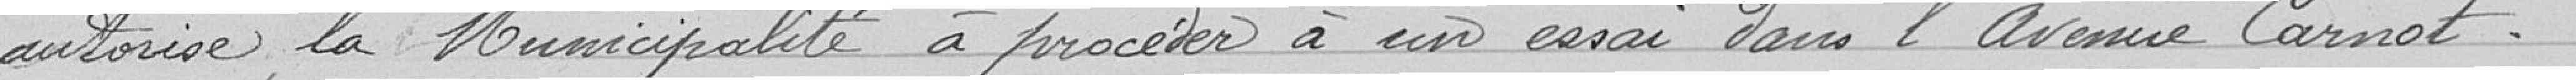
autorise la Municipalité à procéder à un essai dans l'avenue Carnot.